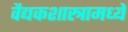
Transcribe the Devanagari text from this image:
वैद्यकशास्त्रामध्ये